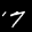
Label: 7